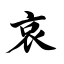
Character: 哀